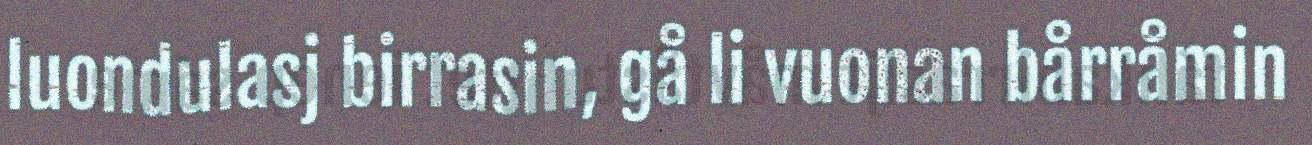
luondulasj birrasin, gå li vuonan bårråmin